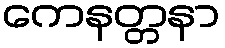
ကေနတ္တနာ